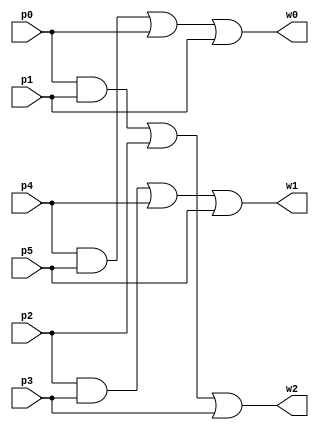
module mcomp63(p0,p1,p2,p3,p4,p5,w2,w1,w0);
input p0,p1,p2,p3,p4,p5;
output wire w2,w1,w0;

assign w2 = (p0&p1)|p2|p3;
assign w1 = (p2&p3)|p4|p5;
assign w0 = (p4&p5)|p0|p1;
endmodule